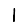
Digit: 1